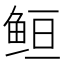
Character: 𱇥